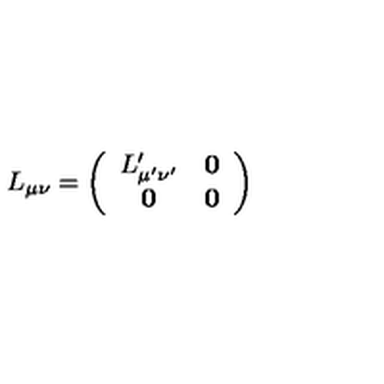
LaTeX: L _ { \mu \nu } = \left( \begin{array} { c c } { L _ { \mu ^ { \prime } \nu ^ { \prime } } ^ { \prime } } & { \mathbf { 0 } } \\ { \mathbf { 0 } } & { \mathbf { 0 } } \\ \end{array} \right)